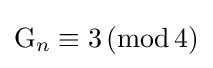
\mathrm {G} _{n}\equiv 3\,(\mathrm {mod} \,4)